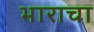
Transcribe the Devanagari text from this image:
भाराचा